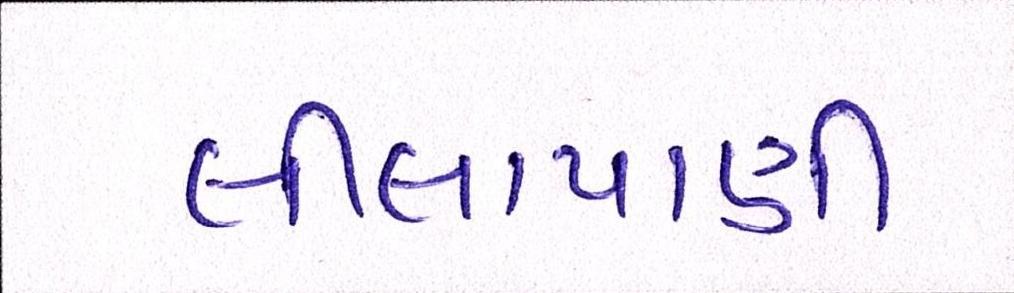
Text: લીલાપાણી